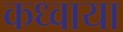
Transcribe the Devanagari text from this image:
कध्वाया